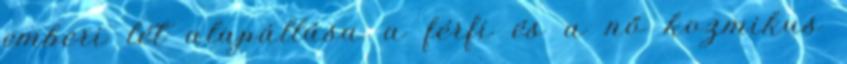
emberi lét alapállása a férfi és a nő kozmikus